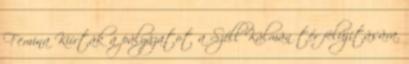
Femina Kiírták a pályázatot a Széll Kálmán tér felújítására.